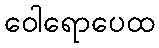
ဝေါရောပေထ